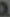
.